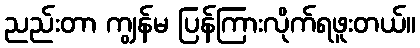
ညည်းတာ ကျွန်မ ပြန်ကြားလိုက်ရဖူးတယ်။